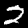
Digit: 2